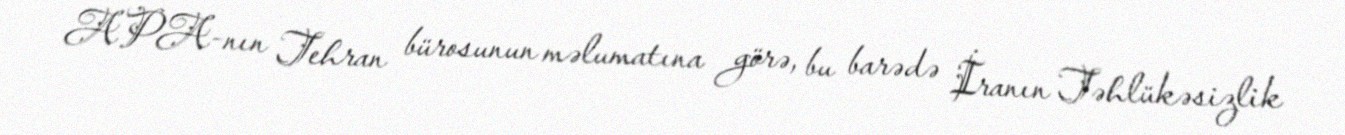
APA-nın Tehran bürosunun məlumatına görə, bu barədə İranın Təhlükəsizlik